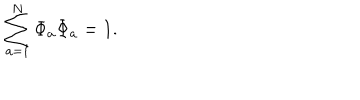
\sum _ { { a } = 1 } ^ { N } \Phi _ { a } \Phi _ { a } = 1 .